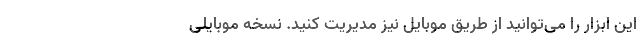
این ابزار را می‌توانید از طریق موبایل نیز مدیریت کنید. نسخه موبایلیِ